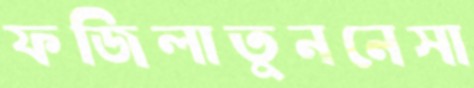
ফজিলাতুননেসা